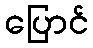
ပြောင်